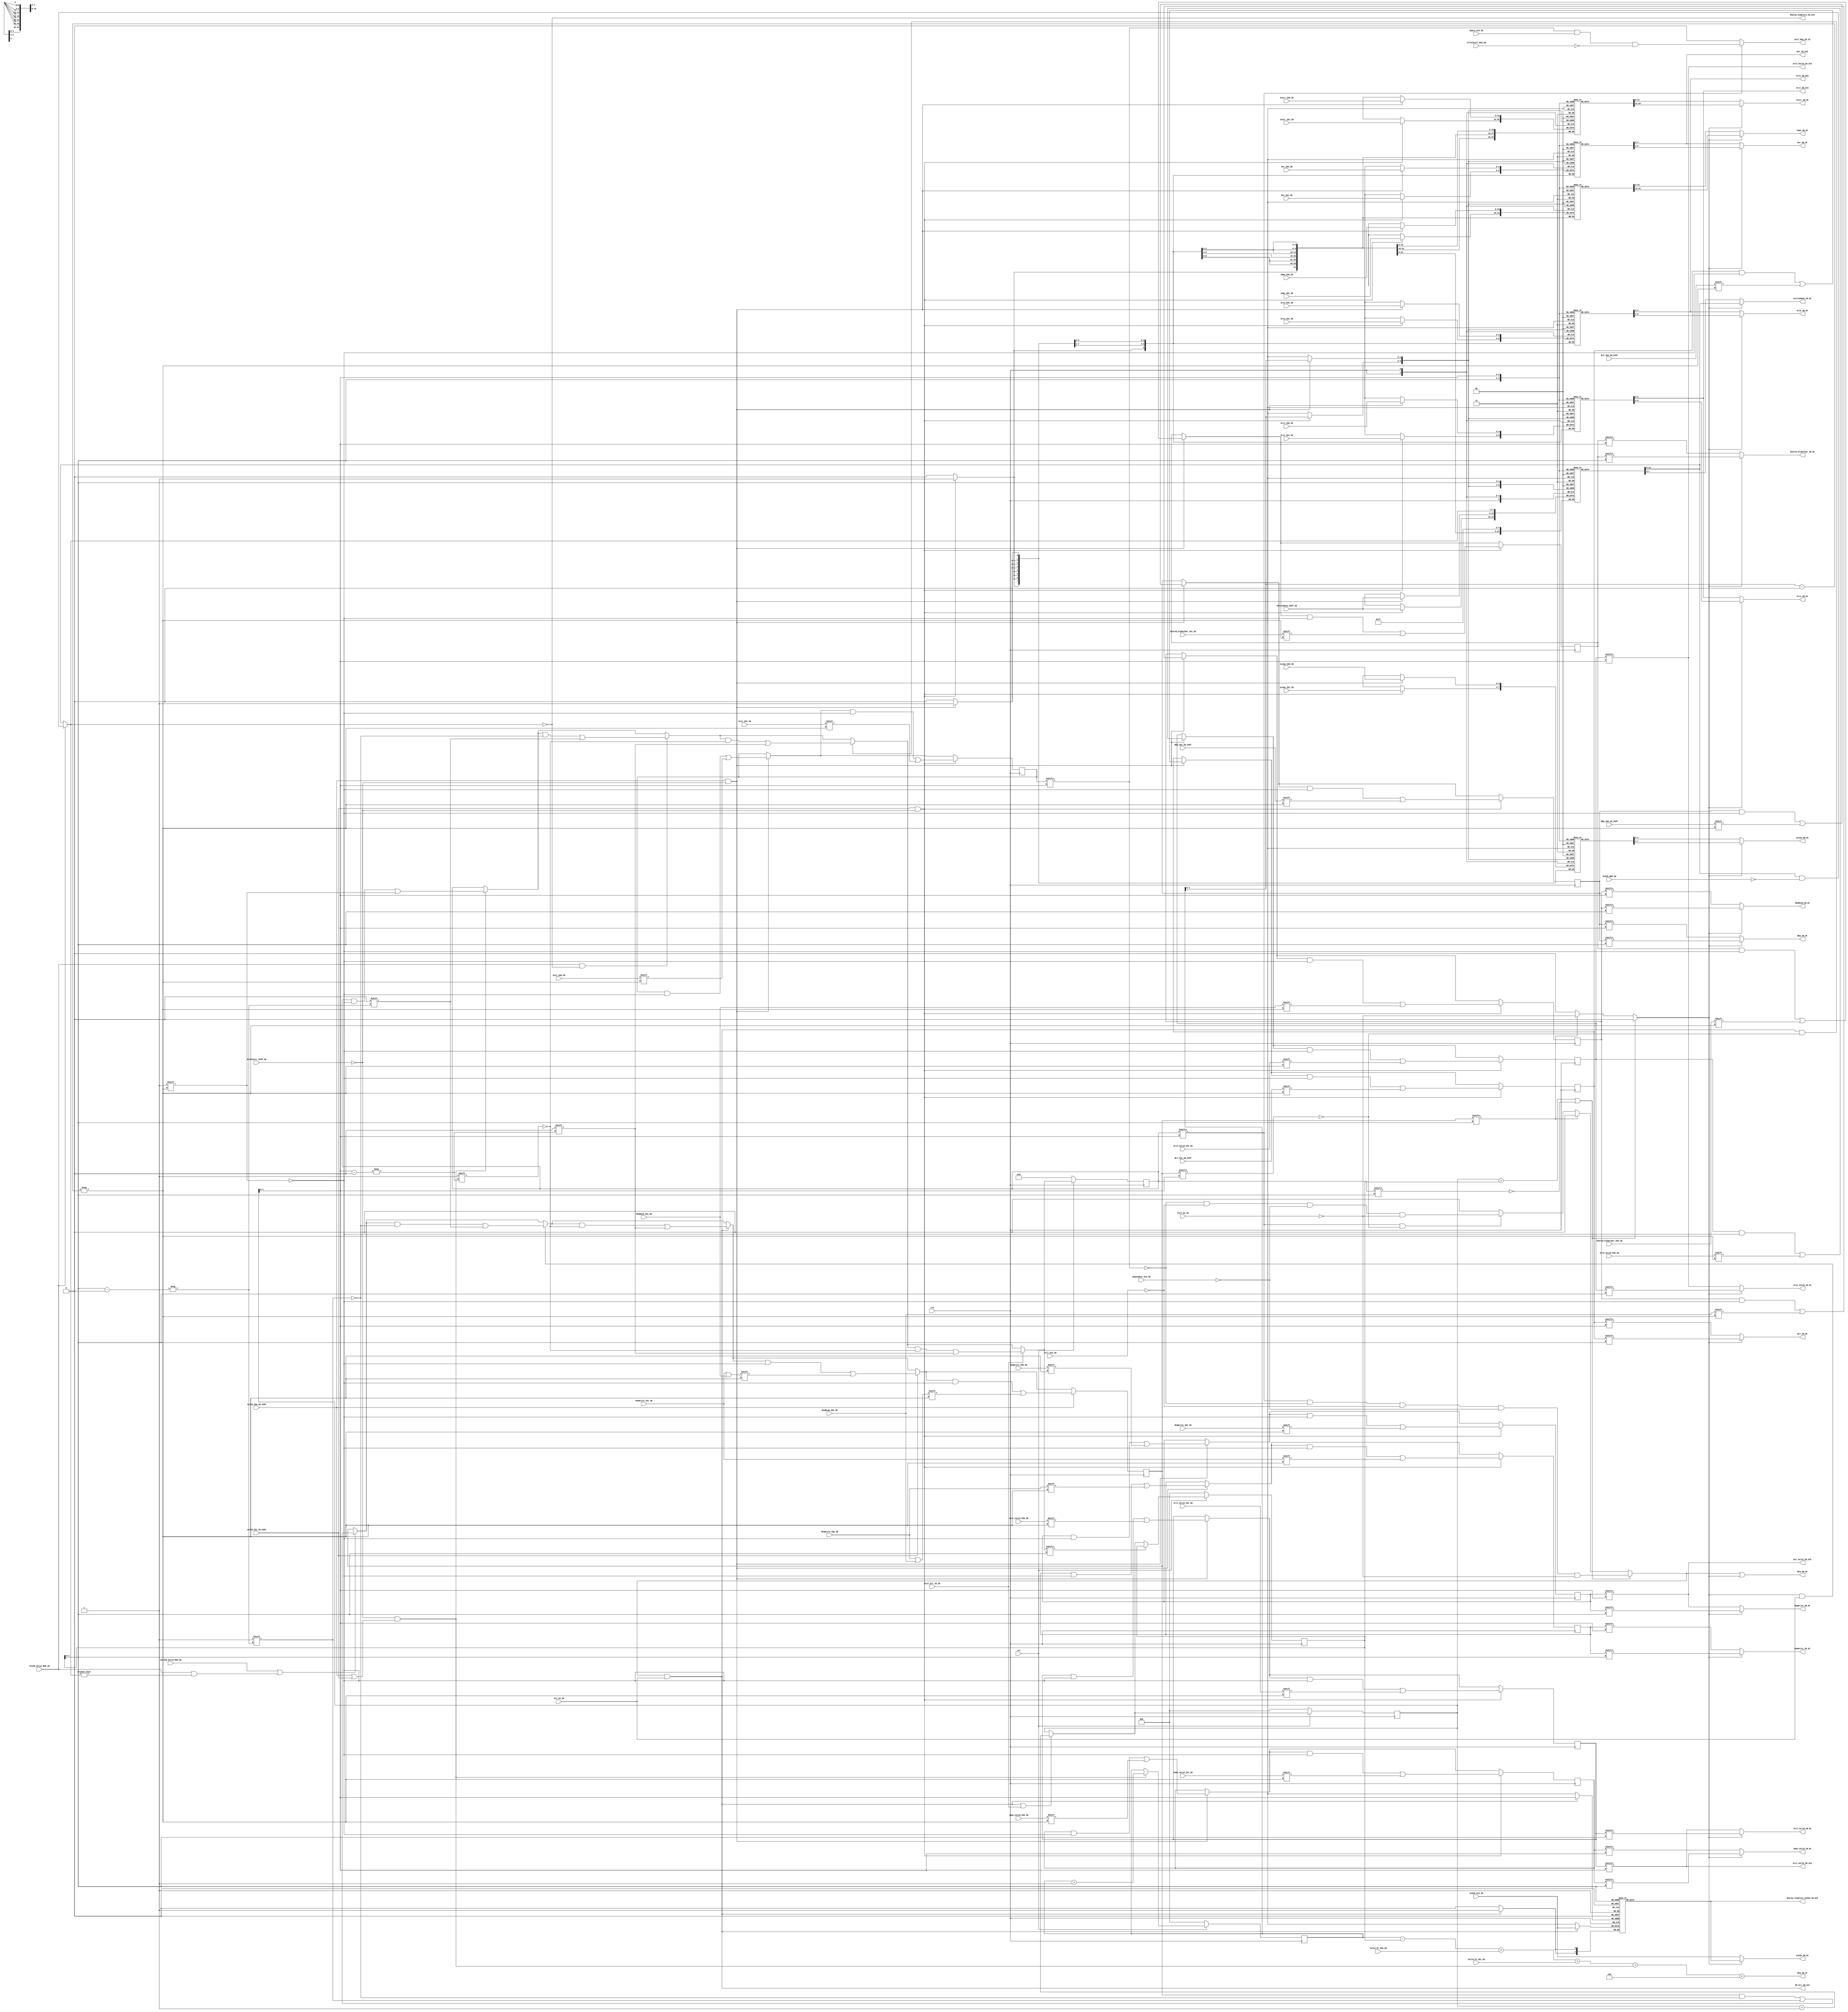
`timescale 1ns / 100ps
//////////////////////////////////////////////////////////////////////////////////
// Company: 
// Engineer: 
// 
// Design Name: 
// Module Name: IBuffer_warp
// Project Name: 
// Target Devices: 
// Tool Versions: 
// Description: 
// 
// Dependencies: 
// 
// Revision:
// Revision 0.01 - File Created
// Additional Comments:
// 
//////////////////////////////////////////////////////////////////////////////////


module IBuffer_warp#(
    parameter NUM_THREADS = 8
    ) (
    input clk,
    input rst,

    // signals to/from IF stage
    input Valid_IF_ID0_IB,
    input Valid_IF_ID1_IB,
    output Req_IB_IF,

    // signals from ID stage (dual decoding unit)
    input Valid_ID0_IB_SIMT,
    input [31:0] Instr_ID0_IB,
    input [4:0] Src1_ID0_IB,
    input [4:0] Src2_ID0_IB,
    input [4:0] Dst_ID0_IB,
    input Src1_Valid_ID0_IB,
    input Src2_Valid_ID0_IB,
    input [3:0] ALUop_ID0_IB,
    input [15:0] Imme_ID0_IB,
    input Imme_Valid_ID0_IB,
    input RegWrite_ID0_IB,
    input MemWrite_ID0_IB,
    input MemRead_ID0_IB,
    input Shared_Globalbar_ID0_IB,
    input BEQ_ID0_IB_SIMT,
    input BLT_ID0_IB_SIMT,
    input Exit_ID0_IB,

    input Valid_ID1_IB_SIMT,
    input [31:0] Instr_ID1_IB,
    input [4:0] Src1_ID1_IB,
    input [4:0] Src2_ID1_IB,
    input [4:0] Dst_ID1_IB,
    input Src1_Valid_ID1_IB,
    input Src2_Valid_ID1_IB,
    input [3:0] ALUop_ID1_IB,
    input [15:0] Imme_ID1_IB,
    input Imme_Valid_ID1_IB,
    input RegWrite_ID1_IB,
    input MemWrite_ID1_IB,
    input MemRead_ID1_IB,
    input Shared_Globalbar_ID1_IB,
    input BEQ_ID1_IB_SIMT,
    input BLT_ID1_IB_SIMT,
    input Exit_ID1_IB,

    // signals from SIMT 
    input DropInstr_SIMT_IB,
    input [NUM_THREADS-1: 0]ActiveMask_SIMT_IB,

    // signals to/from IU
    output Req_IB_IU,
    input Grt_IU_IB,
    output Exit_Req_IB_IU,
    input Exit_Grt_IU_IB,

    // signal to/from OC
    input Full_OC_IB,
    output [NUM_THREADS-1:0] ActiveMask_IB_OC,
    output [31:0] Instr_IB_OC,
    output [4:0] Src1_IB_OC,
    output [4:0] Src2_IB_OC,
    output [4:0] Dst_IB_OC,
    output Src1_Valid_IB_OC,
    output Src2_Valid_IB_OC,
    output [15:0] Imme_IB_OC,
    output Imme_Valid_IB_OC,
    output [3:0] ALUop_IB_OC,
    output RegWrite_IB_OC,
    output MemWrite_IB_OC,
    output MemRead_IB_OC,
    output Shared_Globalbar_IB_OC,
    output BEQ_IB_OC,
    output BLT_IB_OC,
    output [1:0] ScbID_IB_OC,

    // signal from RAU
    input AllocStall_RAU_IB,

    // signal from/to Scb
    // signals for depositing/issuing
    input Full_Scb_IB,
    input Empty_Scb_IB,
    input Dependent_Scb_IB,
    input [1:0] ScbID_Scb_IB, // ScbID passed to IBuffer (for future clearing)
    output [4:0] Src1_IB_Scb, // RegID is 5-bit (R8: thrID, R16: WarpID)
    output [4:0] Src2_IB_Scb,
    output [4:0] Dst_IB_Scb,
    output Src1_Valid_IB_Scb,
    output Src2_Valid_IB_Scb,
    output Dst_Valid_IB_Scb,
    output RP_Grt_IB_Scb, // only create Scb entry for RP_Grt (avoid duplicate entry for Replay Instructions)
    // signal for clearing
    output [1:0] Replay_Complete_ScbID_IB_Scb, // mark the Scb entry as Complete
    output Replay_Complete_IB_Scb,

    // signal from MEM for Replay Instructions
    input PosFB_Valid_MEM_IB,
    input [NUM_THREADS-1:0] PosFB_MEM_IB,
    input ZeroFB_Valid_MEM_IB // indicating the cache miss has been served
    );

    reg [31:0] Instr_array[0:3]; // binary code
    reg [3:0] Valid_array, Replay_array;
    reg [NUM_THREADS-1:0] PAM_array[0:3]; // private active AM for each Instruction
    reg [4:0] Src1_array[0:3], Src2_array[0:3], Dst_array[0:3];
    reg [3:0] Src1_Valid_array, Src2_Valid_array;
    reg [3:0] ALUop_array[0:3];
    reg [15:0] Imme_array[0:3];
    reg [3:0] Imme_Valid_array;
    reg [3:0] RegWrite_array, MemWrite_array, MemRead_array, Shared_Globalbar_array;
    reg [3:0] BEQ_array, BLT_array, Exit_array;
    reg [1:0] ScbID_array[0:3];

    reg RP_Req, IRP_Req;
    assign Req_IB_IU = RP_Req | IRP_Req;
    wire IRP_Grt = IRP_Req & Grt_IU_IB;
    wire RP_Grt = RP_Req & Grt_IU_IB;

    reg [2:0] RP, WP, IRP; // 4-deep FIFO, 3-bit pointer
    wire [2:0] RP_next, WP_next, IRP_next;
    wire WP_EN, RP_EN, IRP_EN;
    wire [1:0] RP_ind = RP[1:0];
    wire [1:0] WP_ind = WP[1:0];
    wire [1:0] IRP_ind = IRP[1:0];
    wire [2:0] depth = WP-IRP;
    wire Full = depth == 3'b100;

    // for the Instruction currently being Replayed
    wire [NUM_THREADS-1:0] PAM_IRP_next;
    // clear the Inst[IRP_ind] in the same clock as PosFB is received

    reg [3:0] Valid_array_next;
    // pointer management
    assign WP_EN = !DropInstr_SIMT_IB & (Valid_ID0_IB_SIMT | Valid_ID1_IB_SIMT);
    assign WP_next = WP_EN? (WP+1'b1):WP;
    assign RP_EN = RP_Grt | Exit_Grt_IU_IB;
    assign RP_next = RP_EN? (RP+1'b1):RP;
    assign IRP_EN = !Valid_array_next[IRP_ind];
    assign IRP_next = IRP_EN? RP_next:IRP;
    // note there is a simpler implementation:
    // assign IRP_EN = !Valid_array[IRP_ind];
    // assign IRP_next = IRP_EN? RP:IRP;
    // although the current implementation might save clocks, 
    // it results in a very long comb path
    // we can even do FWFT from ID to OC totally bypassing IB

    always@(*) begin
        Valid_array_next = Valid_array;
        if (WP_EN) Valid_array_next[WP_ind] = 1'b1;
        if (PosFB_Valid_MEM_IB && (PAM_IRP_next == 0)) Valid_array_next[IRP_ind] = 1'b0;
        if (RP_Grt & !Replay_array[RP_ind]) Valid_array_next[RP_ind] = 1'b0; // non-Replayable Instruction
        if (Exit_Grt_IU_IB) Valid_array_next[RP_ind] = 1'b0;
    end

    always@(posedge clk) begin
        if (!rst) begin
            WP <= 0;
            RP <= 0;
            IRP <= 0;
            Valid_array <= 0;
        end else begin
            WP <= WP_next;
            RP <= RP_next;
            IRP <= IRP_next;
            Valid_array <= Valid_array_next;
        end
    end

    // Q: should I supress Req_IB_IF when I see an "EXIT"?
    // A: No. It has already been taken care of in IF stage (Flush if !PC_Valid)
    // Note: here we has to be conservative, even though the Valid_IF might be a Call/Jump,
    // we still need to reserve an IBuffer slot for it
    assign Req_IB_IF = (depth + Valid_IF_ID0_IB + Valid_IF_ID1_IB + WP_EN) < 3'b100;

    //similarly, Replay_array_set, Replay_array_cleared
    reg [3:0] Replay_array_next;
    always@(*) begin
        Replay_array_next = Replay_array;
        if (ZeroFB_Valid_MEM_IB || (PosFB_Valid_MEM_IB && (PAM_IRP_next != 0))) Replay_array_next[IRP_ind] = 1'b1;
        if (IRP_Grt) Replay_array_next[IRP_ind] = 1'b0;
        if (RP_Grt) Replay_array_next[RP_ind] = 1'b0;
        if (Valid_ID1_IB_SIMT) Replay_array_next[WP_ind] = MemWrite_ID1_IB | MemRead_ID1_IB;
        if (Valid_ID0_IB_SIMT) Replay_array_next[WP_ind] = MemWrite_ID0_IB | MemRead_ID0_IB;  
    end

    assign PAM_IRP_next = PosFB_Valid_MEM_IB? (PAM_array[IRP_ind] & (~PosFB_MEM_IB)): PAM_array[IRP_ind];

    always@(posedge clk) begin
        Replay_array <= Replay_array_next;
        PAM_array[IRP_ind] <= PAM_IRP_next;
        if (RP_Grt) begin
            ScbID_array[RP_ind] <= ScbID_Scb_IB;
        end
        if (Valid_ID0_IB_SIMT & !DropInstr_SIMT_IB) begin
            PAM_array[WP_ind] <= ActiveMask_SIMT_IB;
            Instr_array[WP_ind] <= Instr_ID0_IB;
            Src1_Valid_array[WP_ind] <= Src1_Valid_ID0_IB;
            Src1_array[WP_ind] <= Src1_ID0_IB;
            Src2_Valid_array[WP_ind] <= Src2_Valid_ID0_IB;
            Src2_array[WP_ind] <= Src2_ID0_IB;
            Dst_array[WP_ind] <= Dst_ID0_IB;
            ALUop_array[WP_ind] <= ALUop_ID0_IB;
            Imme_array[WP_ind] <= Imme_ID0_IB;
            Imme_Valid_array[WP_ind] <= Imme_Valid_ID0_IB;
            RegWrite_array[WP_ind] <= RegWrite_ID0_IB;
            MemRead_array[WP_ind] <= MemRead_ID0_IB;
            MemWrite_array[WP_ind] <= MemWrite_ID0_IB;
            Shared_Globalbar_array[WP_ind] <= Shared_Globalbar_ID0_IB;
            BEQ_array[WP_ind] <= BEQ_ID0_IB_SIMT;
            BLT_array[WP_ind] <= BLT_ID0_IB_SIMT;
            Exit_array[WP_ind] <= Exit_ID0_IB;
        end
        if (Valid_ID1_IB_SIMT & !DropInstr_SIMT_IB) begin
            PAM_array[WP_ind] <= ActiveMask_SIMT_IB;
            Instr_array[WP_ind] <= Instr_ID1_IB;
            Src1_Valid_array[WP_ind] <= Src1_Valid_ID1_IB;
            Src1_array[WP_ind] <= Src1_ID1_IB;
            Src2_Valid_array[WP_ind] <= Src2_Valid_ID1_IB;
            Src2_array[WP_ind] <= Src2_ID1_IB;
            Dst_array[WP_ind] <= Dst_ID1_IB;
            ALUop_array[WP_ind] <= ALUop_ID1_IB;
            Imme_array[WP_ind] <= Imme_ID1_IB;
            Imme_Valid_array[WP_ind] <= Imme_Valid_ID1_IB;
            RegWrite_array[WP_ind] <= RegWrite_ID1_IB;
            MemRead_array[WP_ind] <= MemRead_ID1_IB;
            MemWrite_array[WP_ind] <= MemWrite_ID1_IB;
            Shared_Globalbar_array[WP_ind] <= Shared_Globalbar_ID1_IB;
            BEQ_array[WP_ind] <= BEQ_ID1_IB_SIMT;
            BLT_array[WP_ind] <= BLT_ID1_IB_SIMT;
            Exit_array[WP_ind] <= Exit_ID1_IB;
        end
    end

    // Request generation logic
    always@(*) begin
        RP_Req = 1'b0;
        IRP_Req = 1'b0;
        if (RP == IRP | !Valid_array[IRP_ind]) begin
            RP_Req = Valid_array[RP_ind] & !Exit_array[RP_ind] & !Full_Scb_IB & !Dependent_Scb_IB & !Full_OC_IB;
        end else begin // RP != IRP && IRPValid
            // give priority to the Replay Instruction
            if (Replay_array[IRP_ind]) begin
                IRP_Req = !Full_OC_IB;
            end else if (Valid_array[RP_ind] & !Replay_array[RP_ind]) begin // RP is Valid && RP is not another Replayable inst
                RP_Req = !Exit_array[RP_ind] & !Full_Scb_IB & !Dependent_Scb_IB & !Full_OC_IB;
            end
        end
    end

    // output to OC
    assign Instr_IB_OC = IRP_Req? Instr_array[IRP_ind]:Instr_array[RP_ind];
    assign ActiveMask_IB_OC = IRP_Req? PAM_array[IRP_ind]:PAM_array[RP_ind];
    assign Src1_IB_OC = IRP_Req? Src1_array[IRP_ind]:Src1_array[RP_ind];
    assign Src2_IB_OC = IRP_Req? Src2_array[IRP_ind]:Src2_array[RP_ind];
    assign Dst_IB_OC = IRP_Req? Dst_array[IRP_ind]:Dst_array[RP_ind];
    assign Src1_Valid_IB_OC = IRP_Req? Src1_Valid_array[IRP_ind]:Src1_Valid_array[RP_ind];
    assign Src2_Valid_IB_OC = IRP_Req? Src2_Valid_array[IRP_ind]:Src2_Valid_array[RP_ind];
    assign Imme_IB_OC = IRP_Req? Imme_array[IRP_ind]:Imme_array[RP_ind];
    assign Imme_Valid_IB_OC = IRP_Req? Imme_Valid_array[IRP_ind]:Imme_Valid_array[RP_ind];
    assign ALUop_IB_OC = IRP_Req? ALUop_array[IRP_ind]:ALUop_array[RP_ind];
    assign RegWrite_IB_OC = IRP_Req? RegWrite_array[IRP_ind]:RegWrite_array[RP_ind];
    assign MemWrite_IB_OC = IRP_Req? MemWrite_array[IRP_ind]:MemWrite_array[RP_ind];
    assign MemRead_IB_OC = IRP_Req? MemRead_array[IRP_ind]:MemRead_array[RP_ind];
    assign Shared_Globalbar_IB_OC = IRP_Req? Shared_Globalbar_array[IRP_ind]:Shared_Globalbar_array[RP_ind];
    assign BEQ_IB_OC = IRP_Req? BEQ_array[IRP_ind]:BEQ_array[RP_ind];
    assign BLT_IB_OC = IRP_Req? BLT_array[IRP_ind]:BLT_array[RP_ind];
    assign ScbID_IB_OC = IRP_Req? ScbID_array[IRP_ind]:ScbID_Scb_IB;

    // output to Scb
    assign Src1_IB_Scb = Src1_array[RP_ind];
    assign Src2_IB_Scb = Src2_array[RP_ind];
    assign Dst_IB_Scb = Dst_array[RP_ind];
    assign Src1_Valid_IB_Scb = Src1_Valid_array[RP_ind];
    assign Src2_Valid_IB_Scb = Src2_Valid_array[RP_ind];
    assign Dst_Valid_IB_Scb = RegWrite_array[RP_ind];
    assign RP_Grt_IB_Scb = RP_Grt;

    // signal for clearing
    assign Replay_Complete_ScbID_IB_Scb = ScbID_array[IRP_ind]; // mark the Scb entry as Complete
    assign Replay_Complete_IB_Scb = PAM_IRP_next == 0;
    
    // signal to RAU/IU
    assign Exit_Req_IB_IU = Valid_array[RP_ind]? Exit_array[RP_ind] & Empty_Scb_IB & !AllocStall_RAU_IB : 0;

endmodule